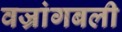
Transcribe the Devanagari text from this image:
वज्रांगबली